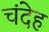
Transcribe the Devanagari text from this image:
चंदेह